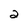
Character: 2